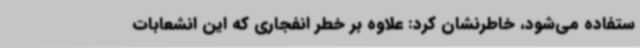
ستفاده می‌شود، خاطرنشان کرد: علاوه بر خطر انفجاری که این انشعابات